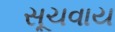
સૂચવાય